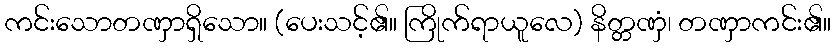
ကင်းသောတဏှာရှိသော။ (ပေးသင့်၏။ ကြိုက်ရာယူလေ) နိတ္တဏှံ၊ တဏှာကင်း၏။